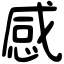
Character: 感